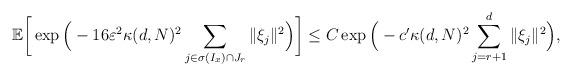
LaTeX: \begin{align*}\mathbb E\bigg[\exp\Big(-16\varepsilon^2\kappa(d,N)^2\sum_{j\in \sigma(I_x)\cap J_r}\|\xi_j\|^2\Big)\bigg]\le C\exp\Big(-c'\kappa(d,N)^2\sum_{j=r+1}^d\|\xi_j\|^2\Big), \end{align*}